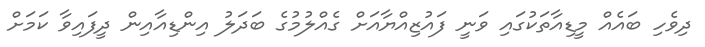
ދިވެހި ބައެއް މީޑިއާތަކުގައި ވަނީ ފައުޒިއްޔާއަށް ގެއްލުމުގެ ބަދަލު އިންޑިއާއިން ދީފައިވާ ކަމަށް